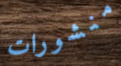
منشورات